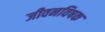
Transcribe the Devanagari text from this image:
जीवनविषक